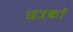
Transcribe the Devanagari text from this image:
छत्रकों